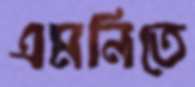
এমনিতে